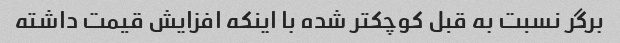
برگر نسبت به قبل کوچکتر شده با اینکه افزایش قیمت داشته